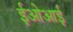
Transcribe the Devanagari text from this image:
ईओआई